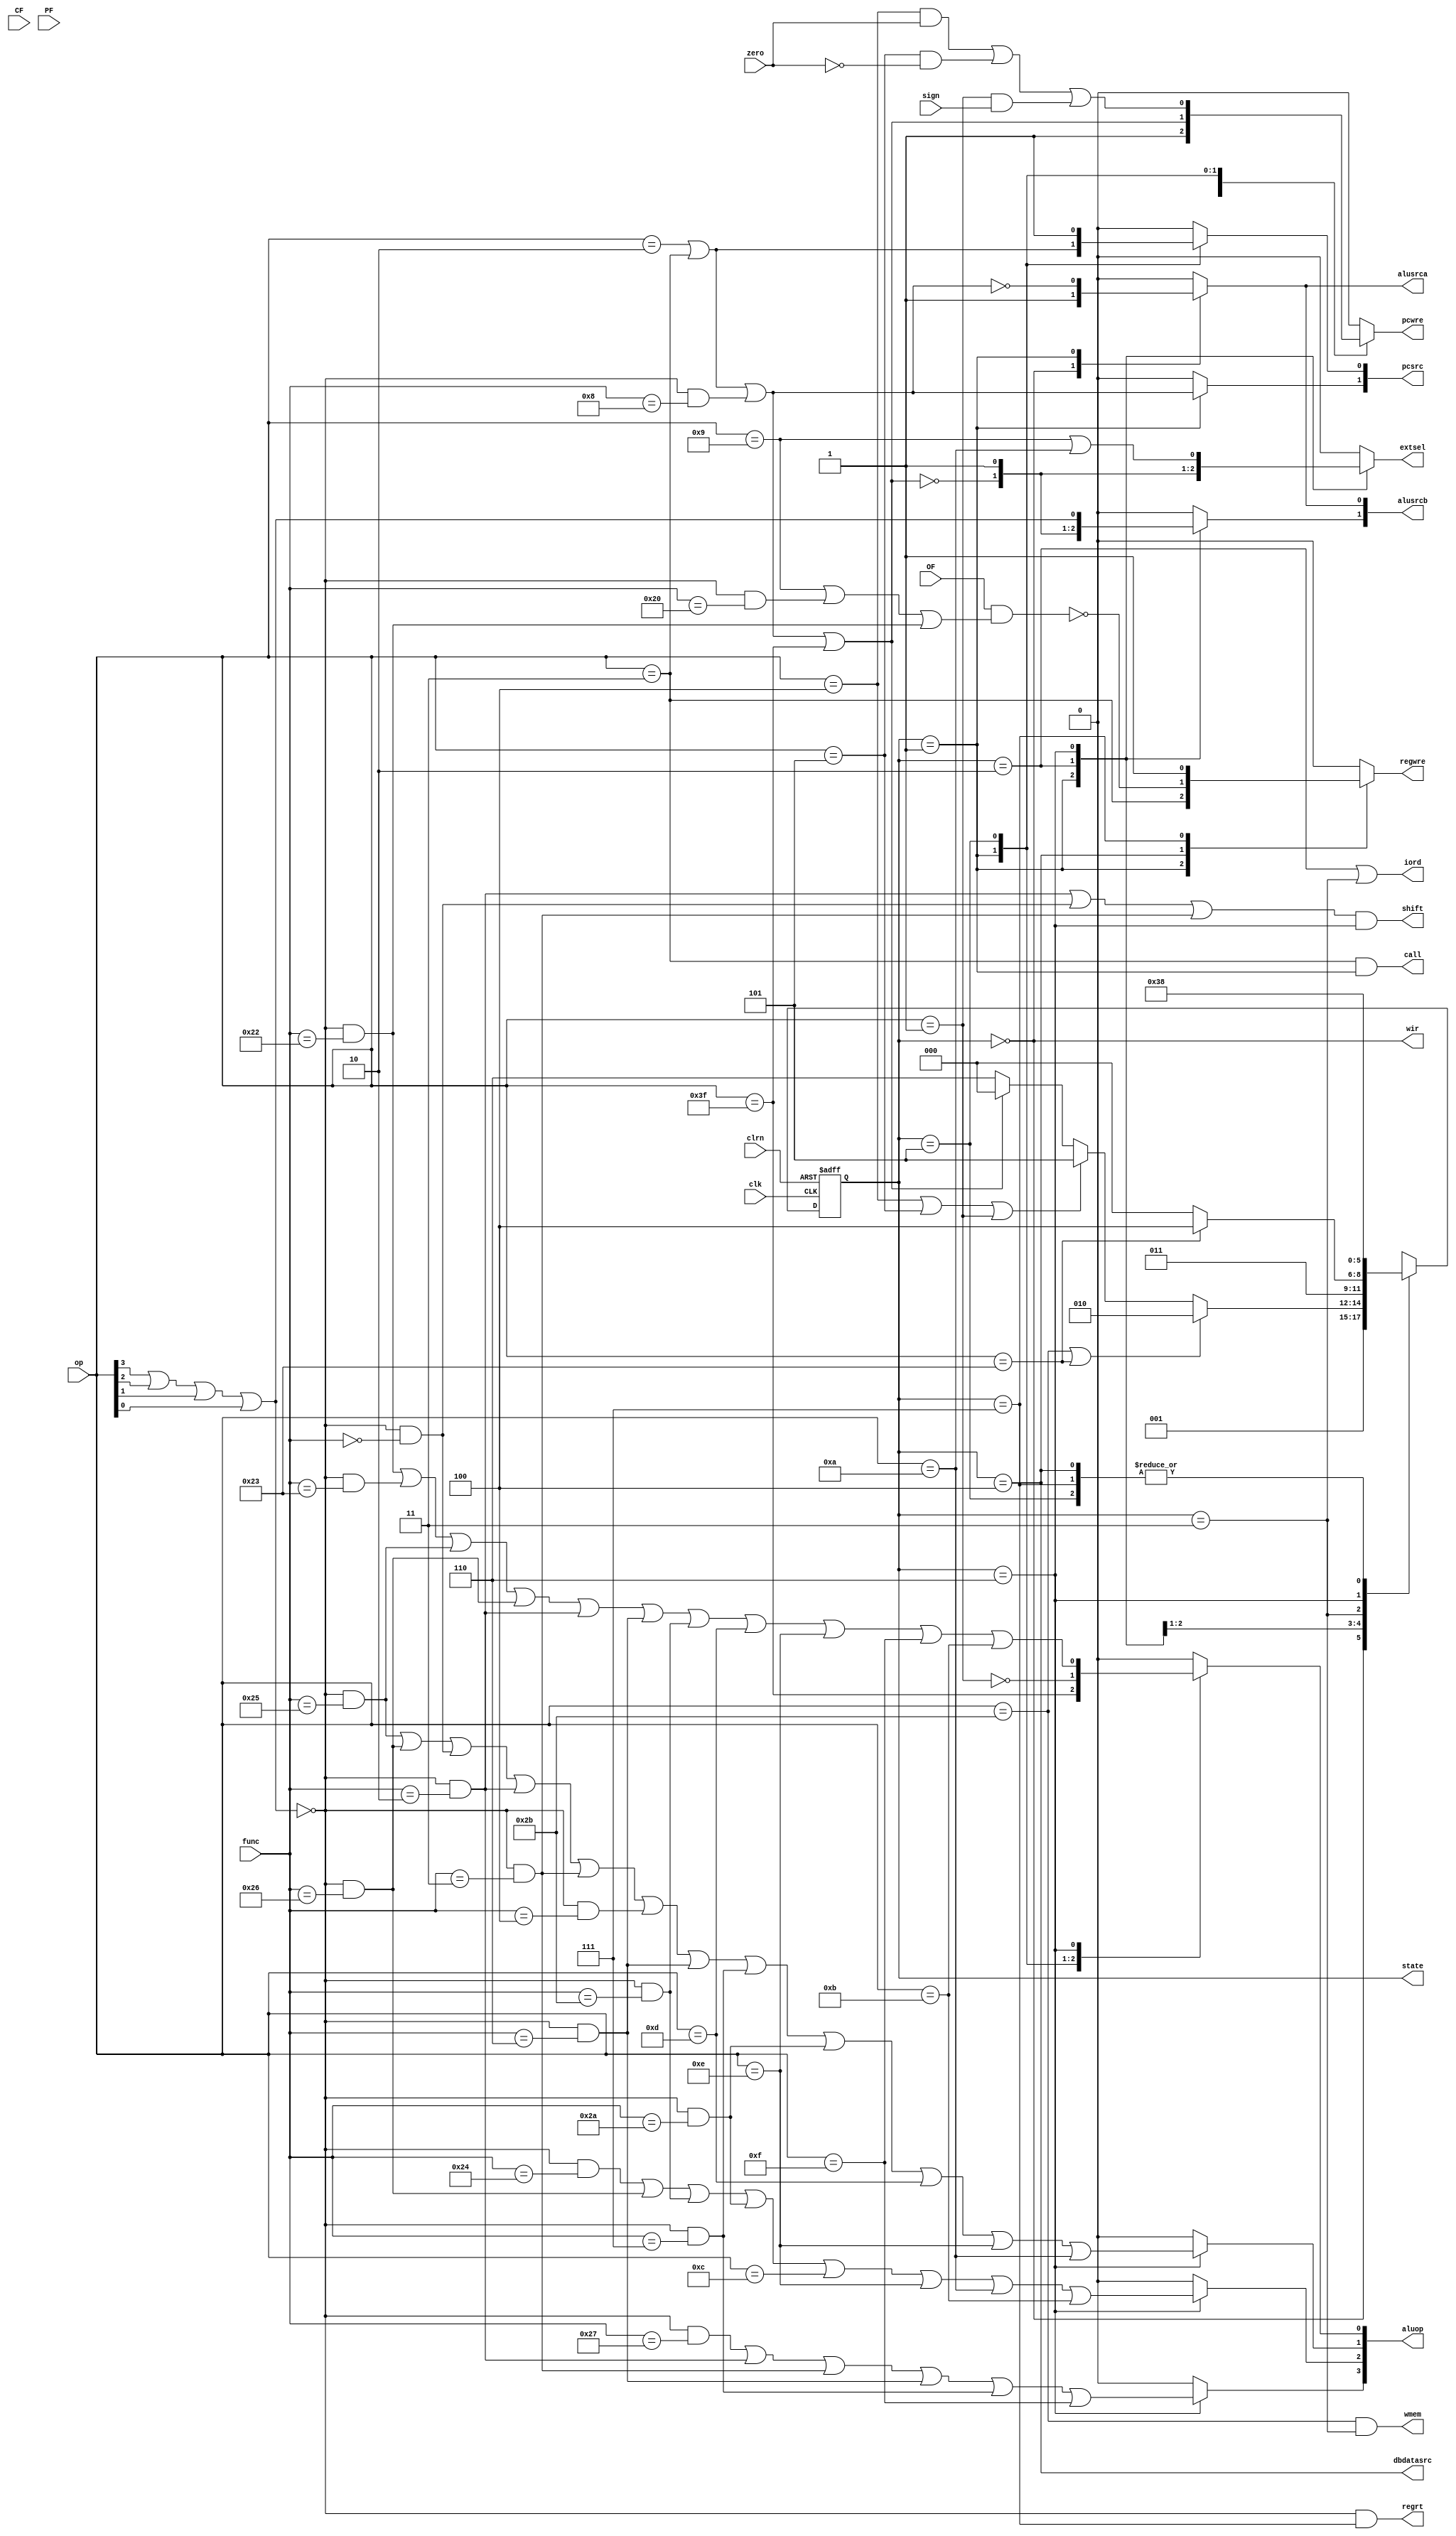
`timescale 1ns / 1ps
//////////////////////////////////////////////////////////////////////////////////
// Company: 
// Engineer: 
// 
// Design Name: 
// Module Name: control_unit
// Project Name: 
// Target Devices: 
// Tool Versions: 
// Description: 
// 
// Dependencies: 
// 
// Revision:
// Revision 0.01 - File Created
// Additional Comments:
// 
//////////////////////////////////////////////////////////////////////////////////


module control_unit(
    input [5:0]func,//func
    input [5:0]op,//op
    input zero,//alu
    input sign,//alu
    input OF,//alu
    input CF,//alu
    input PF,//alu
    input clk,//
    input clrn,//
    output reg pcwre,//
    output iord,//
    output wmem,//
    output wir,//
    output dbdatasrc,//
    output regrt,//
    output call,//
    output reg extsel,//
    output reg regwre,//
    output reg alusrca,//
    output shift,//
    output reg [1:0] alusrcb,//
    output reg [1:0] pcsrc,//
    output reg [3:0] aluop,//
    output reg [2:0] state//
    );
    wire add,sub,addiu,addu,subu,addi,andi,and_,ori,or_,xori,xor_,nor_,lui,sll,srl,sra,sllv,srlv,srav,slti,slt,sltu,sltiu,sw,lw,beq,bne,bltz,j,jr,jal,halt;
    wire R;
    
    assign R = !(op[3]||op[2]||op[1]||op[0]);//,R1R
    
    //,1    
    assign add = R&&(func==6'b100000);
    assign sub = R&&(func==6'b100010);
    assign addiu = op==6'b001001;//
    assign addu = R&&(func==6'b100001);
    assign subu = R&&(func==6'b100011);
    assign addi = op==6'b001000;
    assign andi = op==6'b001100;
    assign and_ = R&&(func==6'b100100);
    assign ori = op==6'b001101;
    assign or_ = R&&(func==6'b100101);
    assign xori = op==6'b001110;
    assign xor_ = R&&(func==6'b100110);
    assign nor_ = R&&(func==6'b100111);
    assign lui = op==6'b001111;
    assign sll = R&&(func==6'b000000);
    assign srl = R&&(func==6'b000010);
    assign sra = R&&(func==6'b000011);
    assign sllv = R&&(func==6'b000100);
    assign srlv = R&&(func==6'b000110);
    assign srav = R&&(func==6'b000111);
    assign slti = op==6'b001010;
    assign slt = R&&(func==6'b101010);
    assign sltu = R&&(func==6'b101011);
    assign sltiu = op==6'b001011;
    assign sw = op==6'b101011;
    assign lw = op==6'b100011;
    assign beq = op==6'b000100;
    assign bne = op==6'b000101;
    assign bltz = op==6'b000001;
    assign j = op==6'b000010;
    assign jr = R&&(func==6'b001000);
    assign jal = op==6'b000011;
    assign halt = op==6'b111111;
    //assign
    assign shift = (srl|sll|sra)&(state == 3'b110);
    assign dbdatasrc = state == 3'b100; 
    assign call = jal&(state == 3'b001);
    assign iord = (state == 3'b10)|(state == 3'b11);
    assign wmem = sw&(state == 3'b011);
    assign wir = state == 3'b0;
    assign regrt = R&(state == 3'b111);
    
    initial
    begin
        state = 3'b000;//1
    end
    
    
    always @(negedge clk,negedge clrn)//
    begin
        if(!clrn) begin
            state <= 3'b0;
        end
        else begin
            case(state)
                3'b000: state<=3'b001;
                3'b001:
                if(sw||lw) state<=3'b010;
                else if(beq||bne||bltz) state<=3'b101;
                else if(j||jal||jr||halt) state<=3'b000;
                else state<=3'b110;
                3'b010: state<=3'b011;
                3'b011: state<= (lw?3'b100:3'b000);
                3'b100: state<=3'b000;
                3'b101: state<=3'b000;
                3'b110: state<=3'b111;
                3'b111: state<=3'b000;
            endcase
        end
    
    end
    
    always @(state,zero,sign,OF)//,CPUALUfuncop
    begin
        pcwre=1'b0;
        alusrca=1'b0;
        alusrcb=2'b0;
        regwre=1'b0;
        extsel=1'b0;
        pcsrc=2'b0;
        aluop=4'b0;
        case(state)
            3'b000: begin
                pcwre=1'b1;
                alusrca=1'b1;
                alusrcb[0]=1'b1;
            end
            3'b001:begin
                aluop[0] = halt;
                pcsrc[0] = j||jal;
                pcsrc[1] = pcsrc[0]||jr;
                pcwre = pcsrc[1]||halt;
                alusrca = !pcsrc[1];
                alusrcb = {!pcwre,alusrca};
                extsel = alusrcb[1];
                regwre = jal;
            end
            3'b010: {alusrcb[1],extsel} = 2'b11;
            3'b100: regwre=!(OF&&(addiu||add||sub));
            3'b101: begin
                pcsrc[0]=1'b1;
                aluop[0]=!bltz;
                pcwre=(beq&&zero)||(bne&&!zero)||(bltz&&sign);
            end
            3'b110: begin
                alusrcb[1] = !R;
                extsel = addiu||slti;
                aluop[3] = nor_||srl||sra||srlv||srav||lui;
                aluop[2] = and_||xor_||sltu||slt||andi||xori||slti||sltiu;
                aluop[1] = or_||xor_||sll||srl||sra||sllv||srlv||srav||slt||ori||xori||slti;
                aluop[0] = sub||subu||or_||xor_||srl||srlv||sltu||ori||xori||lui||sltiu;
            end
            3'b111: regwre=1;
        endcase
    end
endmodule